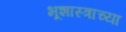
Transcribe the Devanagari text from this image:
भूशास्त्राच्या